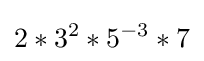
2*3^{2}*5^{-3}*7